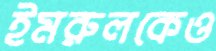
ইমরুলকেও